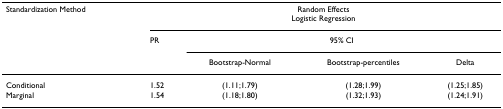
| Standardization Method | <COLSPAN=4> Random EffectsLogistic Regression |
 |  | PR | <COLSPAN=3> 95% CI |
 |  |  | Bootstrap-Normal | Bootstrap-percentiles | Delta |
 | --- | --- | --- | --- | --- |
 | Conditional | 1.52 | (1.11;1.79) | (1.28;1.99) | (1.25;1.85) |
 | Marginal | 1.54 | (1.18;1.80) | (1.32;1.93) | (1.24;1.91) |